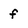
Character: f